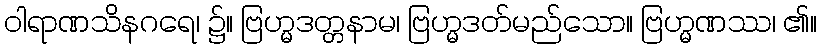
ဝါရာဏသိနဂရေ၊ ၌။ ဗြဟ္မဒတ္တနာမ၊ ဗြဟ္မဒတ်မည်သော။ ဗြဟ္မဏဿ၊ ၏။